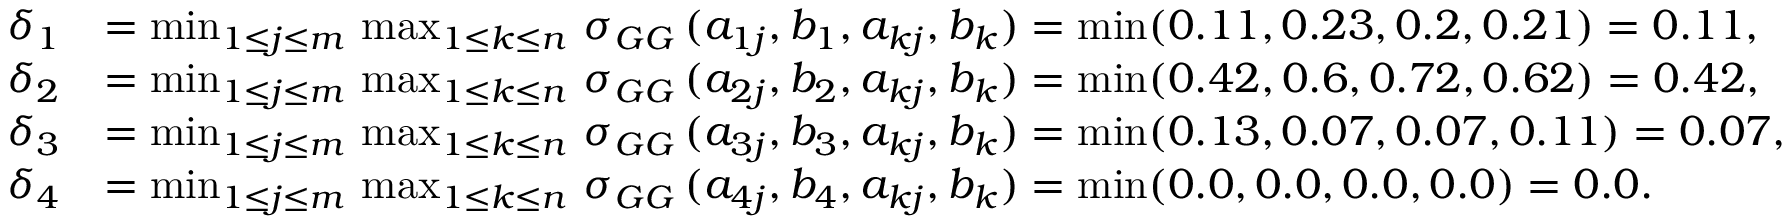
\begin{array} { r l } { \delta _ { 1 } } & { = \operatorname* { m i n } _ { 1 \leq j \leq m } \, \operatorname* { m a x } _ { 1 \leq k \leq n } \, \sigma _ { G G } \, ( a _ { 1 j } , b _ { 1 } , a _ { k j } , b _ { k } ) = \operatorname* { m i n } ( 0 . 1 1 , 0 . 2 3 , 0 . 2 , 0 . 2 1 ) = 0 . 1 1 , } \\ { \delta _ { 2 } } & { = \operatorname* { m i n } _ { 1 \leq j \leq m } \, \operatorname* { m a x } _ { 1 \leq k \leq n } \, \sigma _ { G G } \, ( a _ { 2 j } , b _ { 2 } , a _ { k j } , b _ { k } ) = \operatorname* { m i n } ( 0 . 4 2 , 0 . 6 , 0 . 7 2 , 0 . 6 2 ) = 0 . 4 2 , } \\ { \delta _ { 3 } } & { = \operatorname* { m i n } _ { 1 \leq j \leq m } \, \operatorname* { m a x } _ { 1 \leq k \leq n } \, \sigma _ { G G } \, ( a _ { 3 j } , b _ { 3 } , a _ { k j } , b _ { k } ) = \operatorname* { m i n } ( 0 . 1 3 , 0 . 0 7 , 0 . 0 7 , 0 . 1 1 ) = 0 . 0 7 , } \\ { \delta _ { 4 } } & { = \operatorname* { m i n } _ { 1 \leq j \leq m } \, \operatorname* { m a x } _ { 1 \leq k \leq n } \, \sigma _ { G G } \, ( a _ { 4 j } , b _ { 4 } , a _ { k j } , b _ { k } ) = \operatorname* { m i n } ( 0 . 0 , 0 . 0 , 0 . 0 , 0 . 0 ) = 0 . 0 . } \end{array}